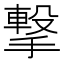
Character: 撃